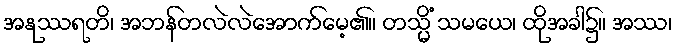
အနုဿရတိ၊ အဘန်တလဲလဲအောက်မေ့၏။ တသ္မိံ သမယေ၊ ထိုအခါ၌။ အဿ၊